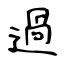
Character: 過